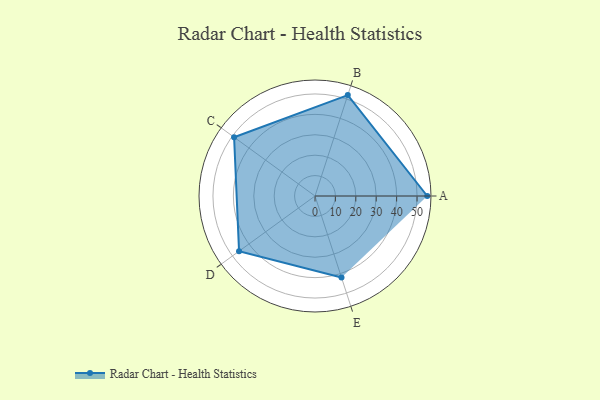
{"axis": {"x": "Skill", "y": "Score"}, "legend": ["Profile"], "data": [{"x": "A", "y": 55.0, "type": "Profile"}, {"x": "B", "y": 52.0, "type": "Profile"}, {"x": "C", "y": 49.0, "type": "Profile"}, {"x": "D", "y": 46.0, "type": "Profile"}, {"x": "E", "y": 42.0, "type": "Profile"}]}